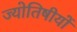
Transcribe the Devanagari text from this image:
ज्योतिषीयों